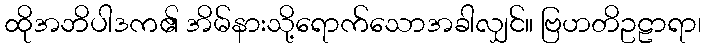
ထိုအဘိပါဒက၏ အိမ်နားသို့ရောက်သောအခါလျှင်။ ဗြဟတိဥဠာရာ၊